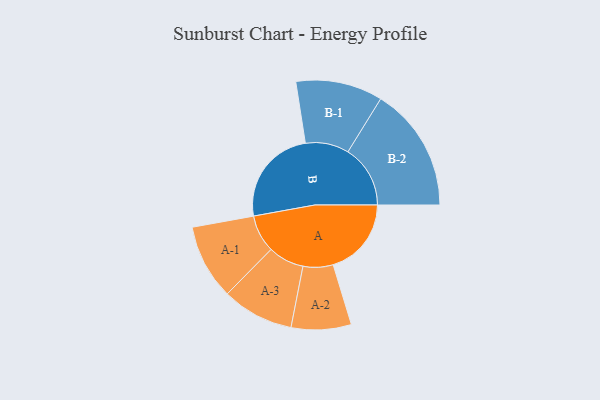
{"axis": {"x": "Segment", "y": "Value"}, "legend": ["", "A", "B"], "data": [{"x": "A", "y": 331, "type": ""}, {"x": "B", "y": 414, "type": ""}, {"x": "A-1", "y": 159, "type": "A"}, {"x": "A-2", "y": 127, "type": "A"}, {"x": "A-3", "y": 152, "type": "A"}, {"x": "B-1", "y": 184, "type": "B"}, {"x": "B-2", "y": 264, "type": "B"}]}